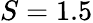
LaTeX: S=1.5